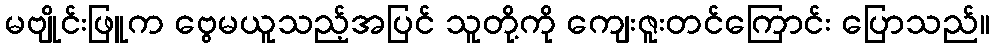
မဗျိုင်းဖြူက ဗွေမယူသည့်အပြင် သူတို့ကို ကျေးဇူးတင်ကြောင်း ပြောသည်။